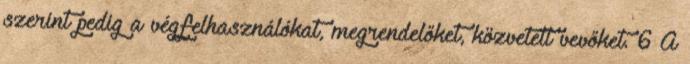
szerint pedig a végfelhasználókat, megrendelőket, közvetett vevőket. 6 A